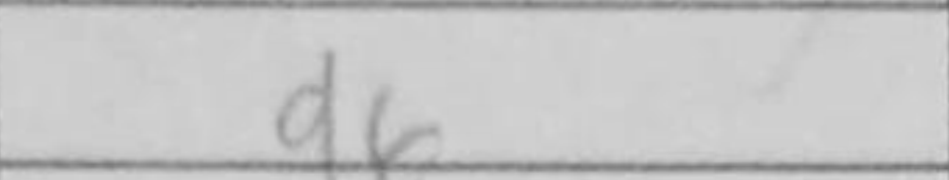
Transcription: d6